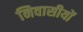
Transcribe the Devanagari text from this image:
निवासीयों